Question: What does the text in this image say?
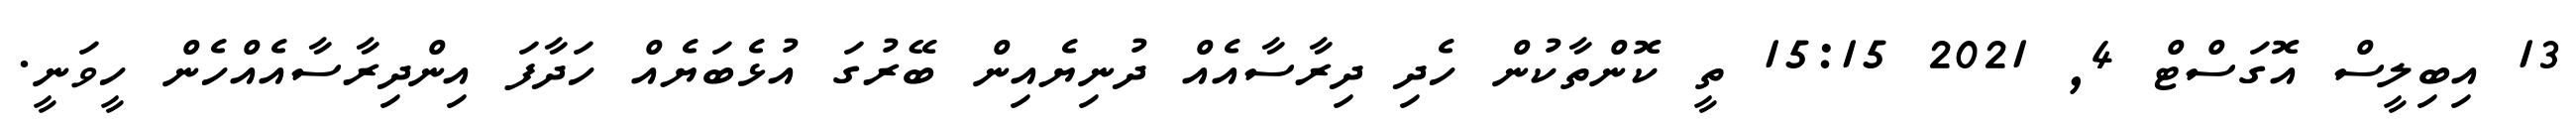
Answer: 13 އިބިލީސް އޮގަސްޓް 4, 2021 15:15 ތީ ކޮންތާކުން ހެދި ދިރާސާއެއް ދުނިޔެއިން ބޭރުގަ އުޅެބަޔެއް ހަދާފަ އިންދިރާސާއެއްހެން ހީވަނީ.